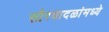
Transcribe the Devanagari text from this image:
सौरवादळांमध्ये